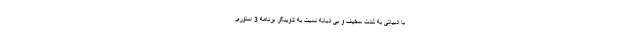
با ادبیاتی به شدت سخیف و بی ادبانه نسبت به تدوینگر برنامه 3 استوری